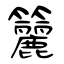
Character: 籭